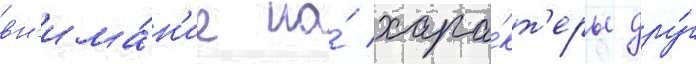
вн'има́н'ие на́ хара́кт'еры дру́г